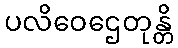
ပလိဝေဌေတုန္တိ